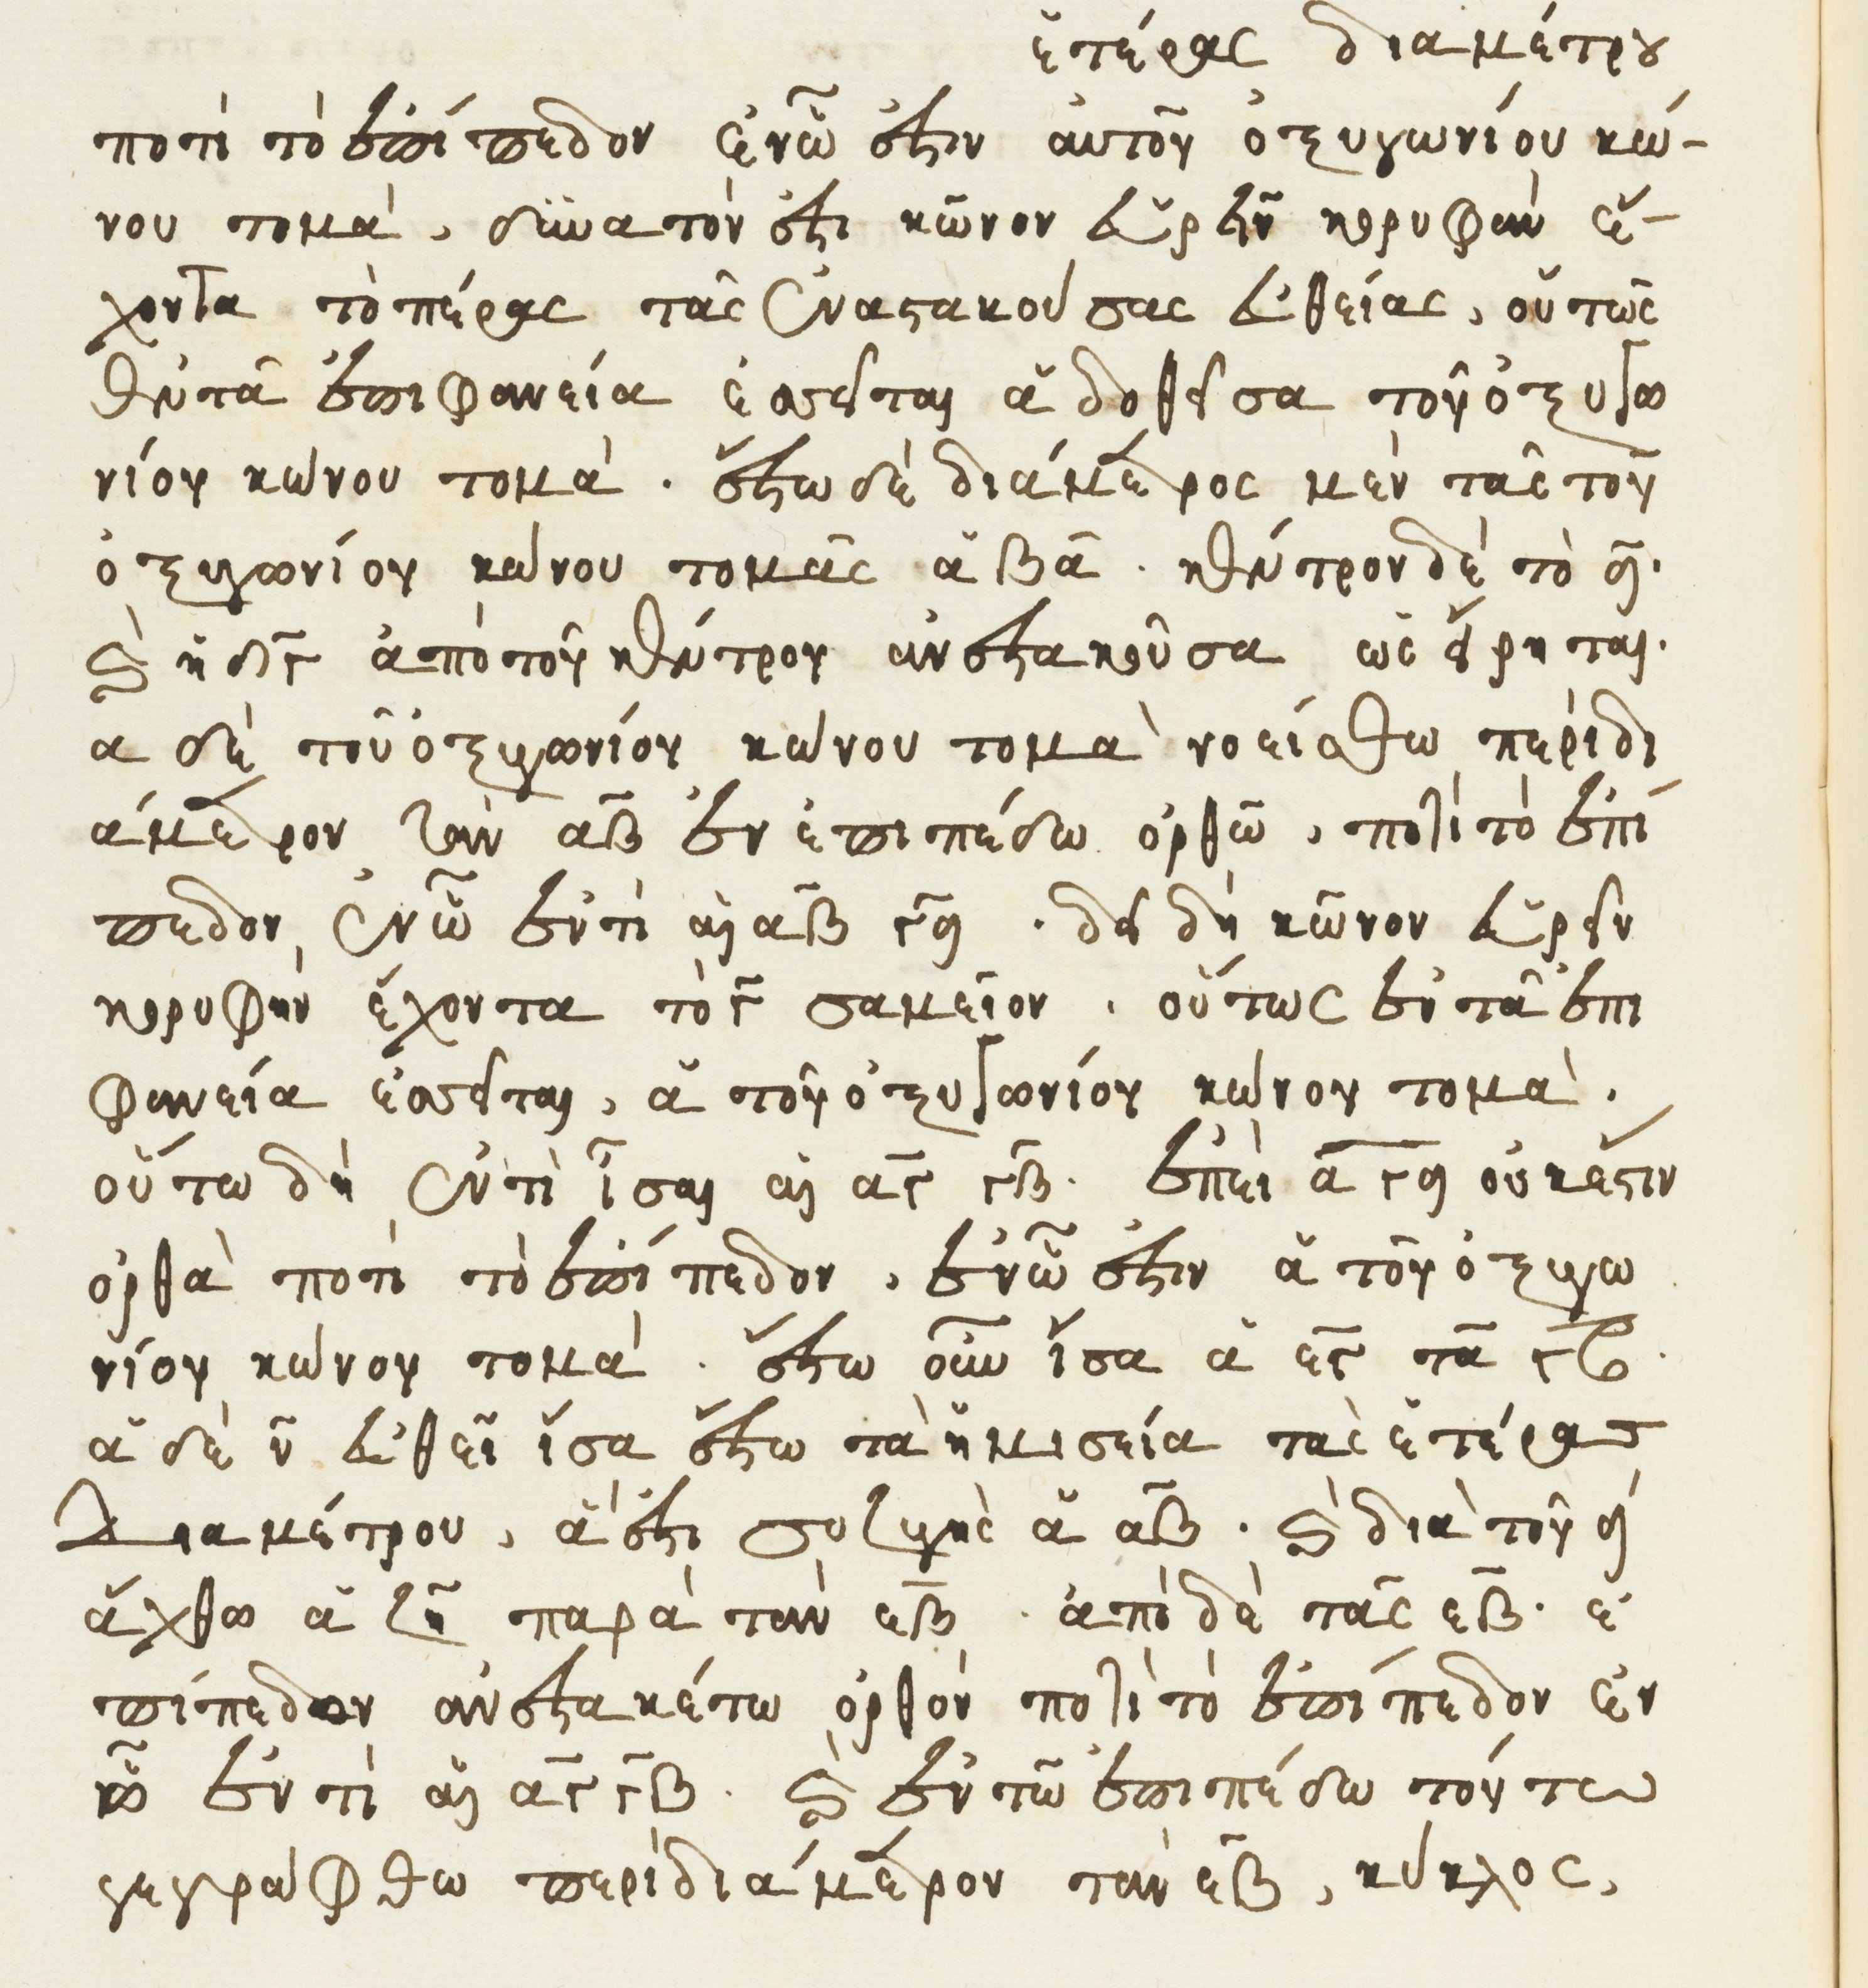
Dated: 1541–1541